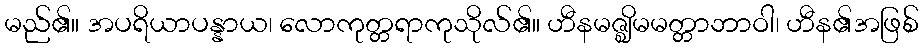
မည်၏။ အပရိယာပန္နာယ၊ လောကုတ္တရာကုသိုလ်၏။ ဟီနမဇ္ဈိမမတ္တာဘာဝါ၊ ဟီန၏အဖြစ်